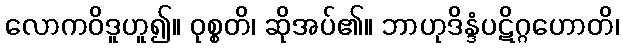
လောကဝိဒူဟူ၍။ ဝုစ္စတိ၊ ဆိုအပ်၏။ ဘာဟုဒိန္ဒံပဋိဂ္ဂဟောတိ၊